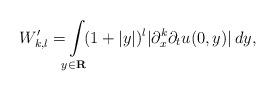
LaTeX: \begin{align*} W ' _ { k , l } = \! \! \int \limits _ { y \in \mathbf R } \! \! ( 1 + | y | ) ^ l | \partial ^ k _ x \partial _ t u ( 0 , y ) | \, d y ,\end{align*}